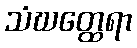
သံဃတ္ထေရာ